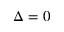
\Delta = 0